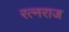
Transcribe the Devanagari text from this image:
रत्नराज